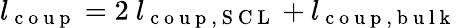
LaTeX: l_{\mathrm{~c~o~u~p~}}=2\ l_{\mathrm{~c~o~u~p~,~S~C~L~}}+l_{\mathrm{~c~o~u~p~,~b~u~l~k~}}